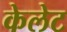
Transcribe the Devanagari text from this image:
केलेट